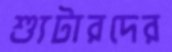
শ্যুটারদের